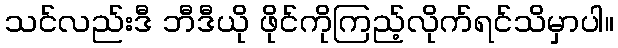
သင်လည်းဒီ ဘီဒီယို ဖိုင်ကိုကြည့်လိုက်ရင်သိမှာပါ။